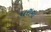
ધરાના